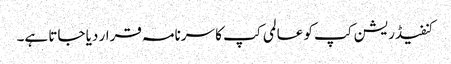
کنفیڈریشن کپ کو عالمی کپ کا سرنامہ قرار دیا جاتا ہے۔